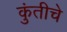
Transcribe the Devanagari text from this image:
कुंतीचे